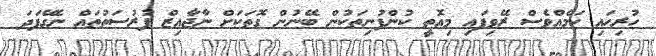
ހުރިހައި ކަމެއްވެސް ރޭވިފައި މިއޮތީ ކުންފުނިތަކުން ބޭނުން ގޮތަކަށް ނާޖާއިޒް ފުރުސަތުތައް ނެގޭފަދަ